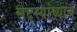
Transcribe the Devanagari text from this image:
सदस्यांच्याच